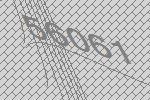
56061